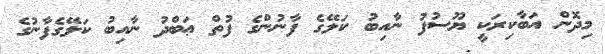
މިދޮން އަބާކިރަކީ ޔޫސުފު ނާއިބު ކަލޭގެ ފާނުންގެ ފުތް ޢަބްދު ނާއިބު ކަލޭގެފާނުގެ